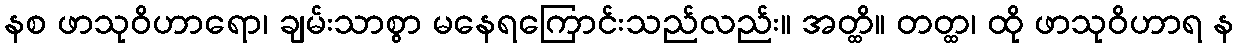
နစ ဖာသုဝိဟာရော၊ ချမ်းသာစွာ မနေရကြောင်းသည်လည်း။ အတ္ထိ။ တတ္ထ၊ ထို ဖာသုဝိဟာရ န